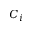
C _ { i }